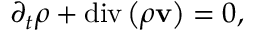
\begin{array} { r } { \partial _ { t } \rho + \mathrm { d i v } \left( \rho \mathbf { v } \right) = 0 , } \end{array}